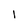
Character: l